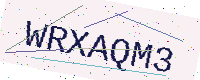
Text: WRXAQM3